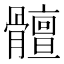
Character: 𲌒